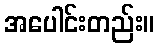
အပေါင်းတည်း။